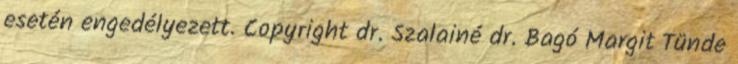
esetén engedélyezett. Copyright dr. Szalainé dr. Bagó Margit Tünde